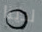
لدينا